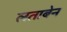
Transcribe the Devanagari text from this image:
लताबेन